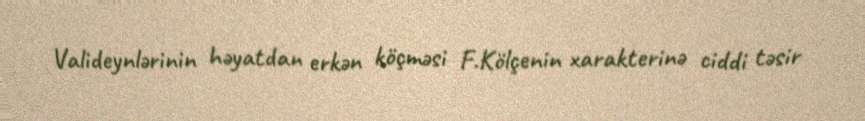
Valideynlərinin həyatdan erkən köçməsi F.Kölçenin xarakterinə ciddi təsir